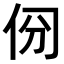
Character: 𠈀